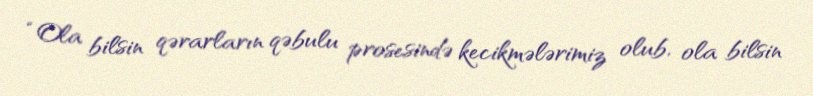
“Ola bilsin qərarların qəbulu prosesində kecikmələrimiz olub, ola bilsin